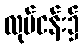
လုပ်ငန်း၌